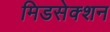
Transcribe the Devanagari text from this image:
मिडसेक्शन